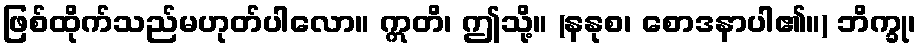
ဖြစ်ထိုက်သည်မဟုတ်ပါလော။ ဣတိ၊ ဤသို့။ (နနုစ၊ စောဒနာပါ၏။) ဘိက္ခု၊